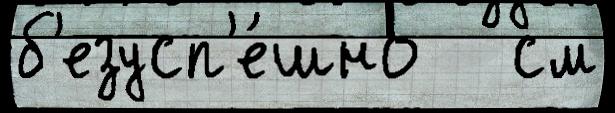
б'езусп'е́шно   см